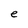
Character: e